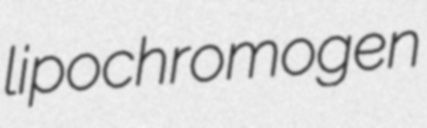
lipochromogen